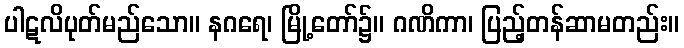
ပါဋလိပုတ်မည်သော။ နဂရေ၊ မြို့တော်၌။ ဂဏိကာ၊ ပြည့်တန်ဆာမတည်း။